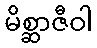
မိစ္ဆာဇီဝါ